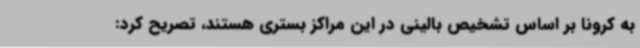
به کرونا بر اساس تشخیص بالینی در این مراکز بستری هستند، تصریح کرد: